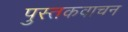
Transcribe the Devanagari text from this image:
पुस्तकवाचन